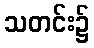
သတင်း၌